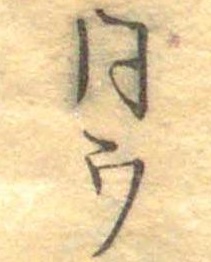
同ウ